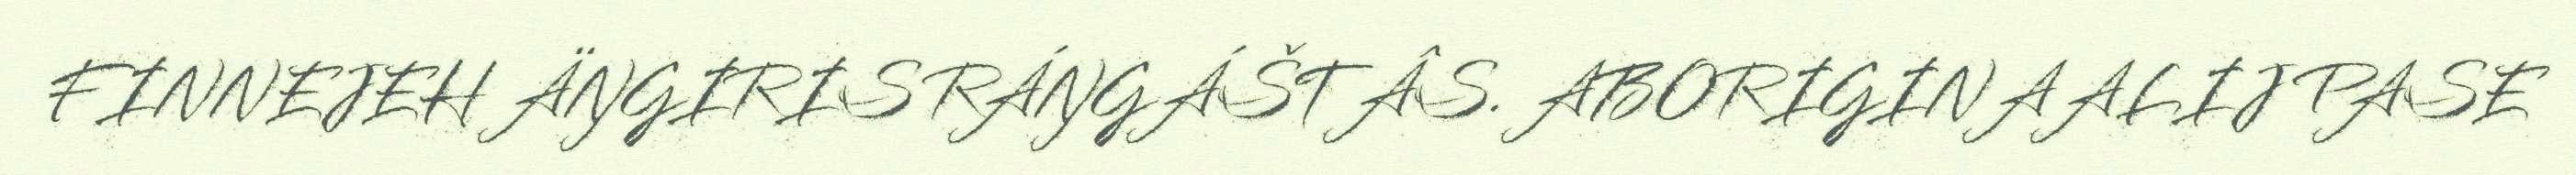
FINNEJEH ÄŊGIRIS RÁŊGÁŠTÂS. ABORIGINAALIJ PASE